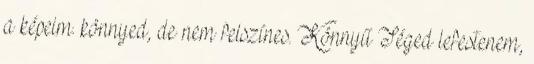
a képeim. könnyed, de nem felszínes. Könnyű Téged lefestenem,